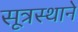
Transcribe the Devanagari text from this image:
सूत्रस्थाने